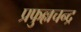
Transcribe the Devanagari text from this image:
प्रफुल्लचन्द्र